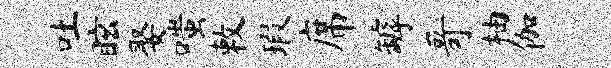
吐眩娶嗤敕瑕席罅哥柚伽